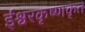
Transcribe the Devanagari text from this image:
ईश्वरकृष्णकृत